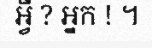
អ្វី ? អ្នក ! ។